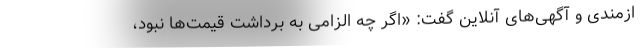
ازمندی و آگهی‌های آنلاین گفت: «اگر چه الزامی به برداشت قیمت‌ها نبود،